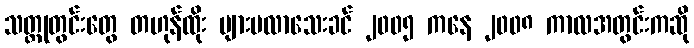
သတ္တုတွင်းတွေ တဟုန်ထိုး များမလာသေးခင် ၂၀၀၅ ကနေ ၂၀၀၈ ကာလအတွင်းကဆို